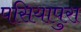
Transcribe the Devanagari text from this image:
पसियापुरा